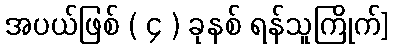
အပယ်ဖြစ် ( ၄ ) ခုနစ် ရန်သူကြိုက်]